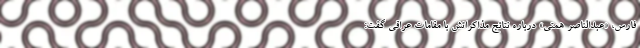
فارس، «عبدالناصر همتی» درباره نتائج مذاکراتش با مقامات عراقی گفت: